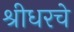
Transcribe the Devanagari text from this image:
श्रीधरचे